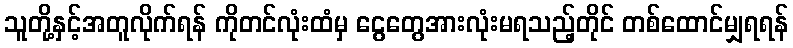
သူတို့နှင့်အတူလိုက်ရန် ကိုတင်လုံးထံမှ ငွေတွေအားလုံးမရသည့်တိုင် တစ်ထောင်မျှရရန်